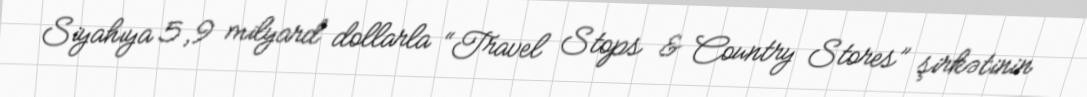
Siyahıya 5,9 milyard dollarla “Travel Stops & Country Stores” şirkətinin